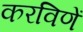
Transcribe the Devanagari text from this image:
करविणें